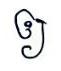
ឲ្យ